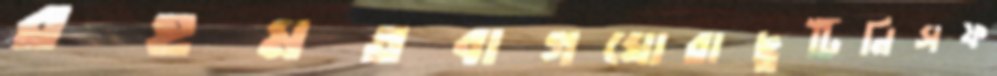
রহমতবাগঘোরাছুটিনিসফ